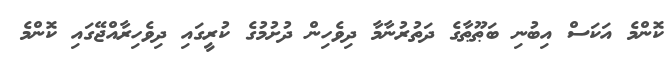
ކޮންމެ އަކަސް އިބުނި ބަޠޫޠާގެ ދަތުރުނާމާ ދިވެހިން ދުށުމުގެ ކުރީގައި ދިވެހިރާއްޖޭގައި ކޮންމެ